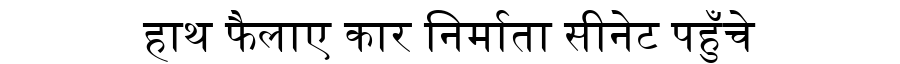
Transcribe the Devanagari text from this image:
हाथ फैलाए कार निर्माता सीनेट पहुँचे